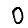
Digit: 0